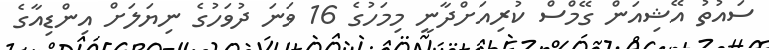
ސައުތު އޭޝިއަން ގޭމްސް ކުރިއަށްދާނީ މިމަހުގެ 16 ވަނަ ދުވަހުގެ ނިޔަލަށް އިންޑިއާގެ